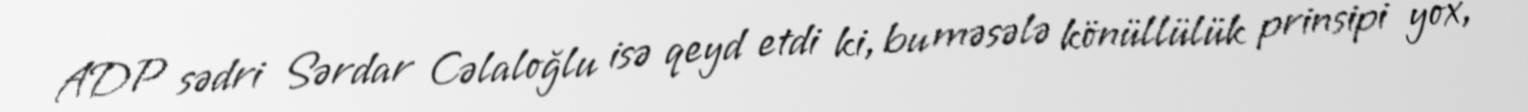
ADP sədri Sərdar Cəlaloğlu isə qeyd etdi ki, bu məsələ könüllülük prinsipi yox,